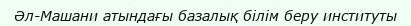
Әл-Машани атындағы базалық білім беру институты